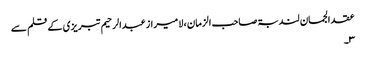
عقد الجمان لندبۃ صاحب الزمان ، لا میراز عبدالرحیم تبریزی کے قلم سے
۳۔